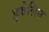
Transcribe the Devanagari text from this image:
इवेलिन